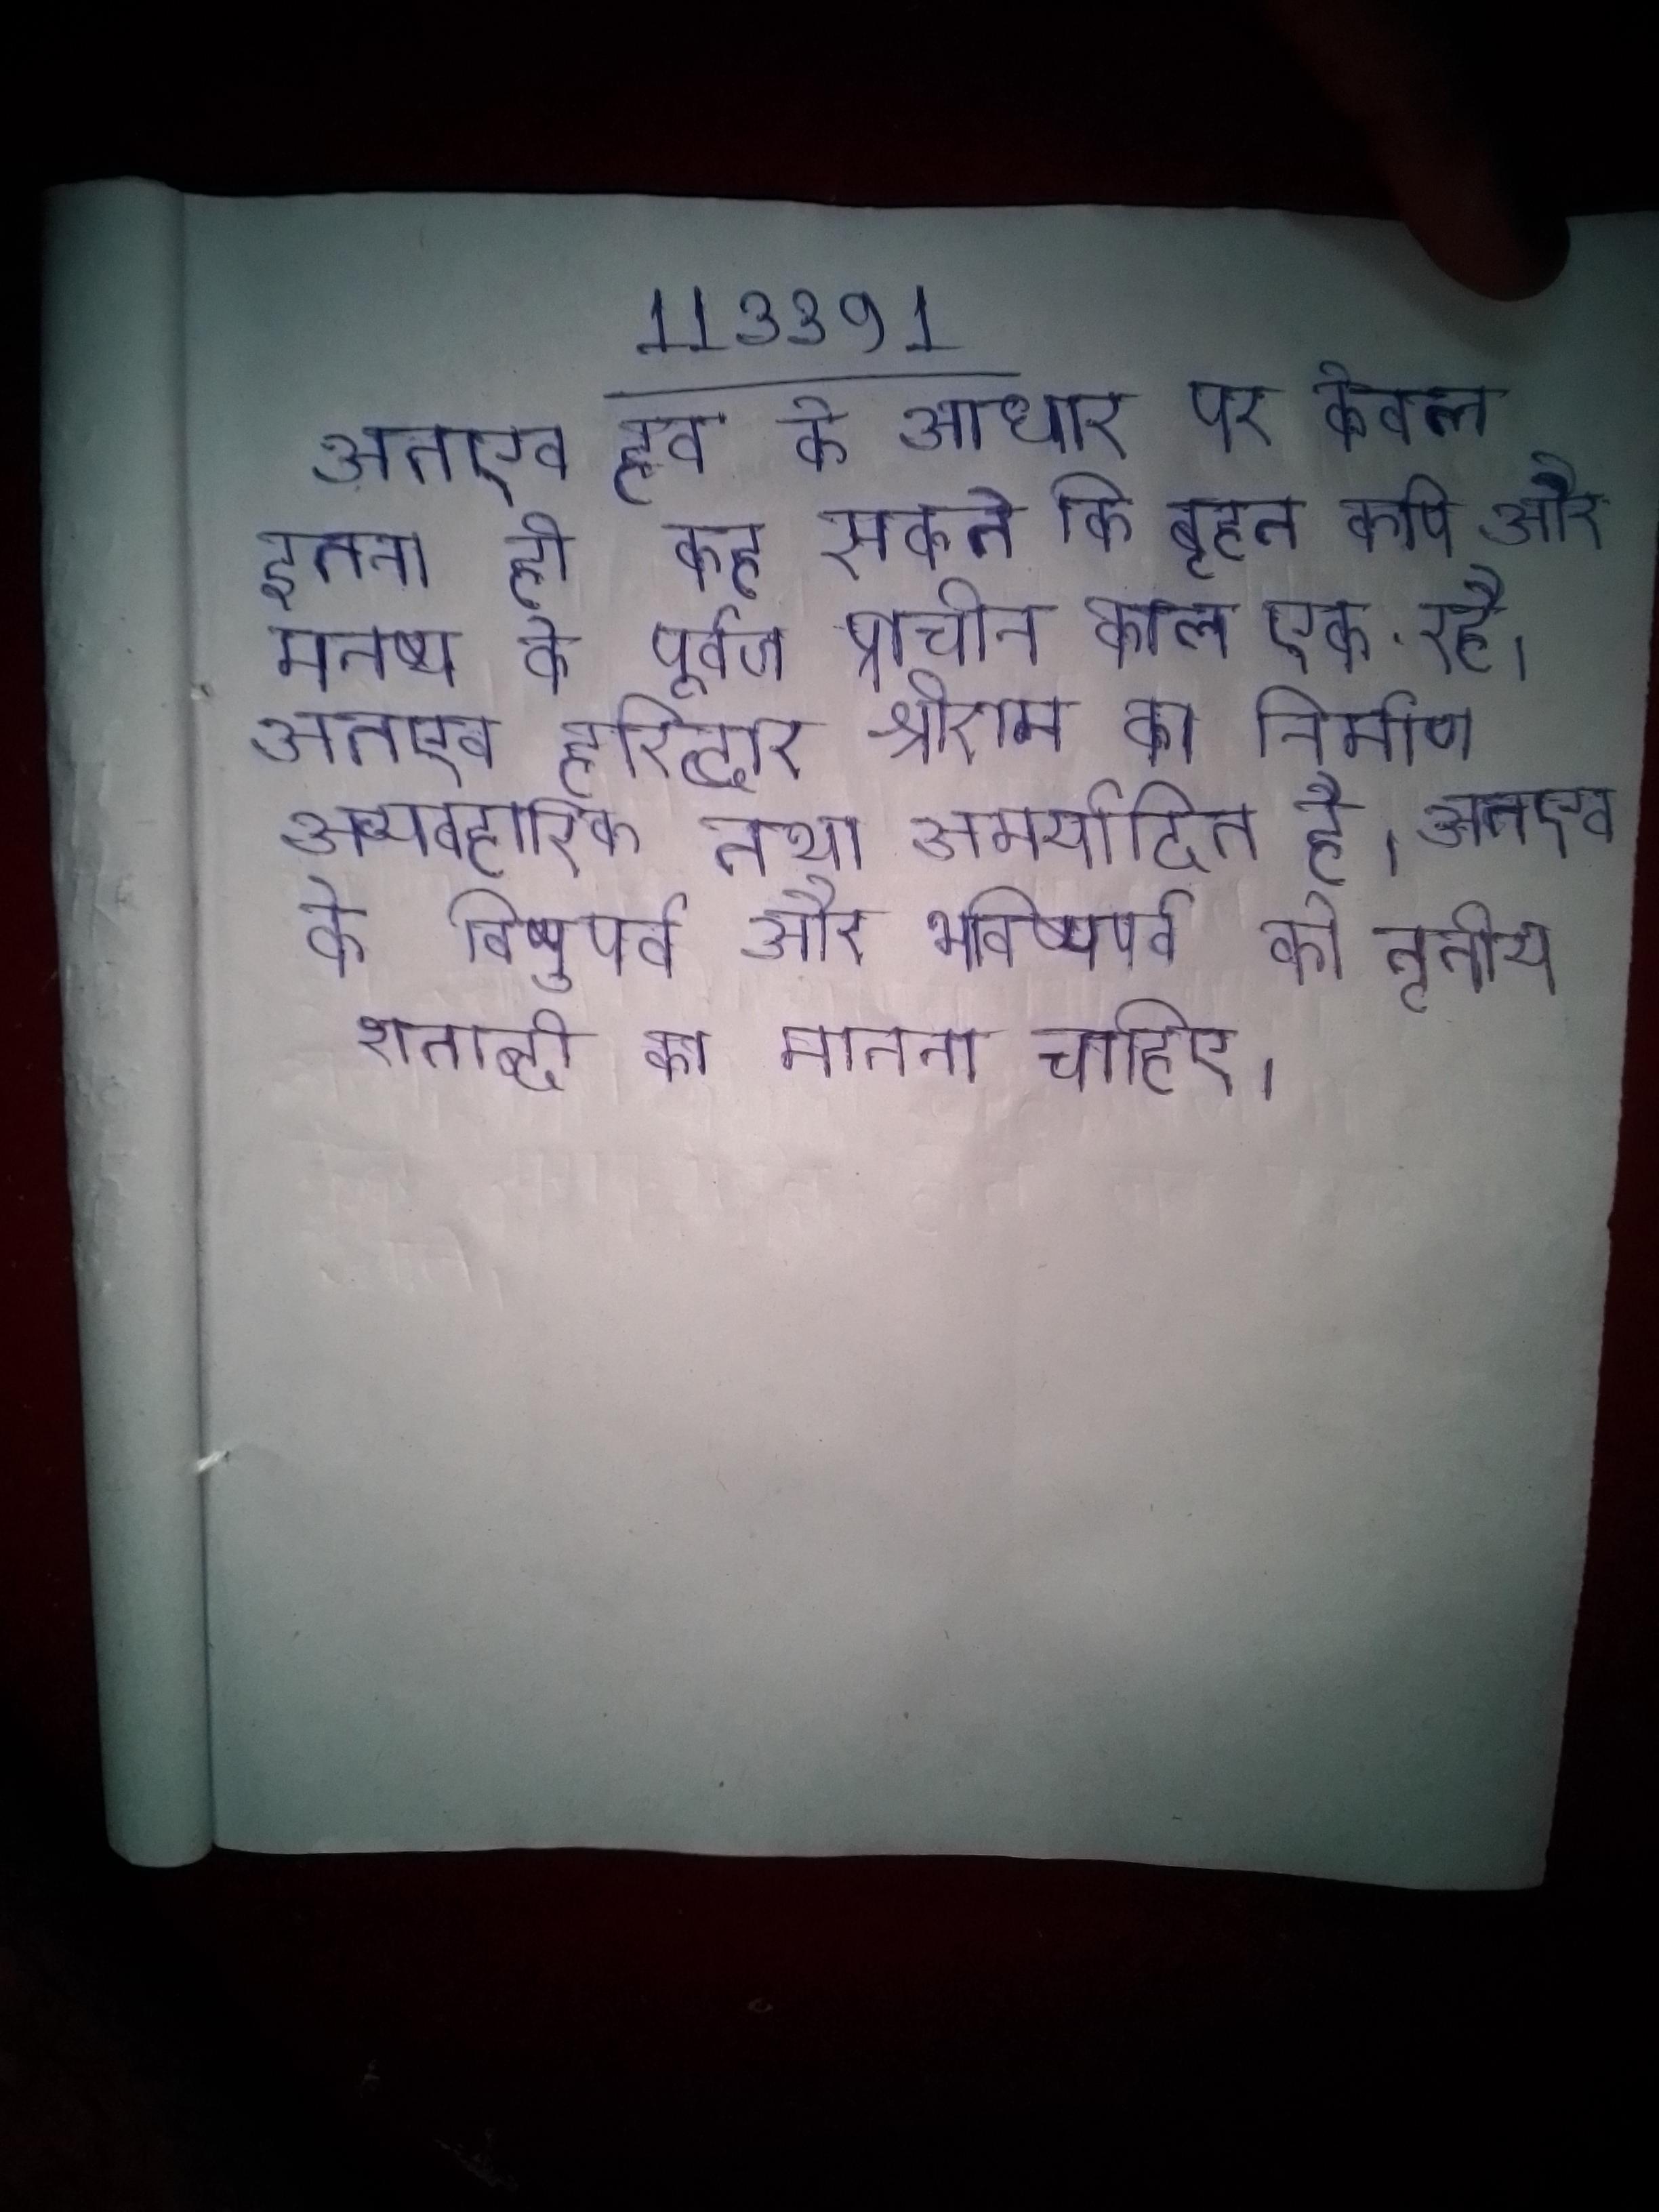
अतएव हम के आधार पर केवल इतना ही कह सकते कि बृहत कपि और मनुष्य के पूर्वज प्राचीन काल एक रहे । अतएव हरिद्वार श्रीराम का निर्माण अव्यवहारिक तथा अमर्यादित है । अतएव के विष्णुपर्व और भविष्यपर्व को तृतीय शताब्दी का मानना चाहिए ।